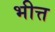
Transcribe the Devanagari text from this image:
भीत्त